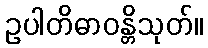
ဥပါတိဓာဝန္တိသုတ်။